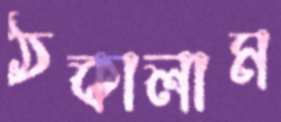
ঠকালাম